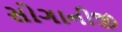
સોગાનીજી